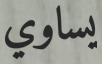
يساوي